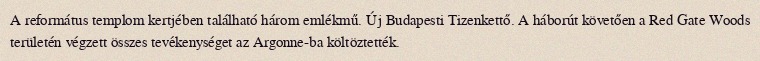
A református templom kertjében található három emlékmű. Új Budapesti Tizenkettő. A háborút követően a Red Gate Woods területén végzett összes tevékenységet az Argonne-ba költöztették.